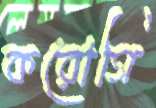
করোগি